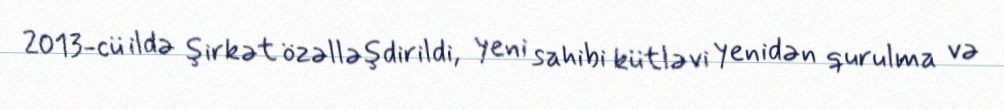
2013-cü ildə şirkət özəlləşdirildi, yeni sahibi kütləvi yenidən qurulma və